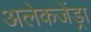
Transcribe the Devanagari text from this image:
अलेकजेंड्रा